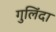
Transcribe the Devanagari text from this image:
गुलिंदा